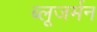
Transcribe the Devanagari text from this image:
ब्लूजर्मन